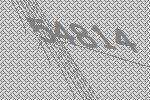
54814